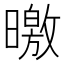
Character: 曒